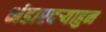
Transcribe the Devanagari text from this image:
भंडारदऱ्याहुन